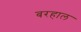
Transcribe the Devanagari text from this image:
बरहाल